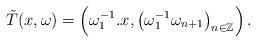
LaTeX: \begin{align*}\tilde{T}(x,\omega)=\left(\omega_{1}^{-1}.x,\left(\omega_{1}^{-1}\omega_{n+1}\right)_{n\in\mathbb{Z}}\right).\end{align*}